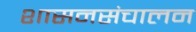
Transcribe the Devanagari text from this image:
शासनसंचालन